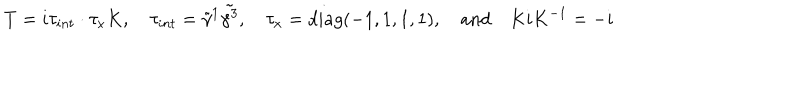
T = i \tau _ { i n t } \cdot \tau _ { x } K , \quad \tau _ { i n t } = \tilde { \gamma } ^ { 1 } \tilde { \gamma ^ { 3 } } , \quad \tau _ { x } = d i a g ( - 1 , 1 , 1 , 1 ) , \quad \mathrm { a n d } \quad K i K ^ { - 1 } = - i